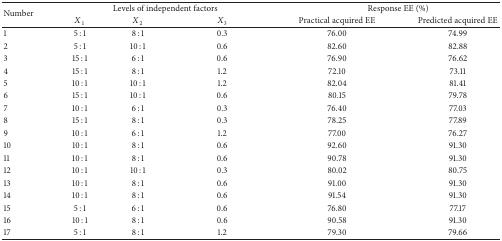
<table><thead><tr><td rowspan="2"><b>Number</b></td><td colspan="3"><b>Levels of independent factors</b></td><td colspan="2"><b>Response EE (%)</b></td></tr><tr><td><b><i>X</i><sub>1</sub></b></td><td><b><i>X</i><sub>2</sub></b></td><td><b><i>X</i><sub>3</sub></b></td><td><b>Practical acquired EE</b></td><td><b>Predicted acquired EE</b></td></tr></thead><tbody><tr><td>1</td><td>5 : 1</td><td>8 : 1</td><td>0.3</td><td>76.00</td><td>74.99</td></tr><tr><td>2</td><td>5 : 1</td><td>10 : 1</td><td>0.6</td><td>82.60</td><td>82.88</td></tr><tr><td>3</td><td>15 : 1</td><td>6 : 1</td><td>0.6</td><td>76.90</td><td>76.62</td></tr><tr><td>4</td><td>15 : 1</td><td>8 : 1</td><td>1.2</td><td>72.10</td><td>73.11</td></tr><tr><td>5</td><td>10 : 1</td><td>10 : 1</td><td>1.2</td><td>82.04</td><td>81.41</td></tr><tr><td>6</td><td>15 : 1</td><td>10 : 1</td><td>0.6</td><td>80.15</td><td>79.78</td></tr><tr><td>7</td><td>10 : 1</td><td>6 : 1</td><td>0.3</td><td>76.40</td><td>77.03</td></tr><tr><td>8</td><td>15 : 1</td><td>8 : 1</td><td>0.3</td><td>78.25</td><td>77.89</td></tr><tr><td>9</td><td>10 : 1</td><td>6 : 1</td><td>1.2</td><td>77.00</td><td>76.27</td></tr><tr><td>10</td><td>10 : 1</td><td>8 : 1</td><td>0.6</td><td>92.60</td><td>91.30</td></tr><tr><td>11</td><td>10 : 1</td><td>8 : 1</td><td>0.6</td><td>90.78</td><td>91.30</td></tr><tr><td>12</td><td>10 : 1</td><td>10 : 1</td><td>0.3</td><td>80.02</td><td>80.75</td></tr><tr><td>13</td><td>10 : 1</td><td>8 : 1</td><td>0.6</td><td>91.00</td><td>91.30</td></tr><tr><td>14</td><td>10 : 1</td><td>8 : 1</td><td>0.6</td><td>91.54</td><td>91.30</td></tr><tr><td>15</td><td>5 : 1</td><td>6 : 1</td><td>0.6</td><td>76.80</td><td>77.17</td></tr><tr><td>16</td><td>10 : 1</td><td>8 : 1</td><td>0.6</td><td>90.58</td><td>91.30</td></tr><tr><td>17</td><td>5 : 1</td><td>8 : 1</td><td>1.2</td><td>79.30</td><td>79.66</td></tr></tbody></table>